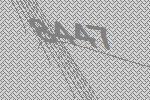
8447